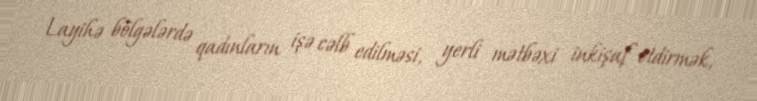
Layihə bölgələrdə qadınların işə cəlb edilməsi, yerli mətbəxi inkişaf etdirmək,